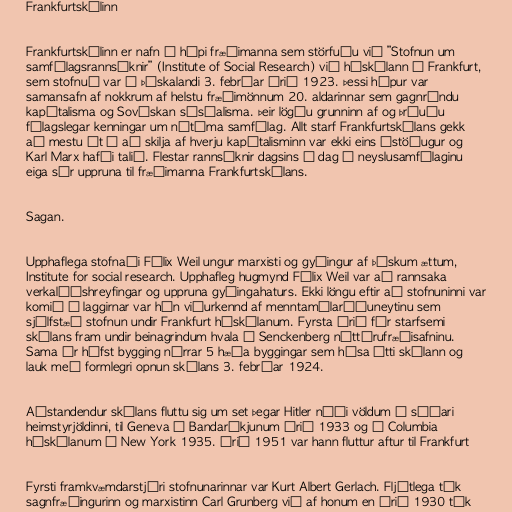
Frankfurtskólinn

Frankfurtskólinn er nafn á hópi fræðimanna sem störfuðu við ”Stofnun um
samfélagsrannsóknir” (Institute of Social Research) við háskólann í Frankfurt,
sem stofnuð var í Þýskalandi 3. febrúar árið 1923. Þessi hópur var
samansafn af nokkrum af helstu fræðimönnum 20. aldarinnar sem gagnrýndu
kapítalisma og Sovéskan sósíalisma. Þeir lögðu grunninn af og þróuðu
félagslegar kenningar um nútíma samfélag. Allt starf Frankfurtskólans gekk
að mestu út á að skilja af hverju kapítalisminn var ekki eins óstöðugur og
Karl Marx hafði talið. Flestar rannsóknir dagsins í dag á neyslusamfélaginu
eiga sér uppruna til fræðimanna Frankfurtskólans.

Sagan.

Upphaflega stofnaði Félix Weil ungur marxisti og gyðingur af þýskum ættum,
Institute for social research. Upphafleg hugmynd Félix Weil var að rannsaka
verkalýðshreyfingar og uppruna gyðingahaturs. Ekki löngu eftir að stofnuninni var
komið á laggirnar var hún viðurkennd af menntamálaráðuneytinu sem
sjálfstæð stofnun undir Frankfurt háskólanum. Fyrsta árið fór starfsemi
skólans fram undir beinagrindum hvala í Senckenberg náttúrufræðisafninu.
Sama ár hófst bygging nýrrar 5 hæða byggingar sem hýsa átti skólann og
lauk með formlegri opnun skólans 3. febrúar 1924.

Aðstandendur skólans fluttu sig um set þegar Hitler náði völdum í síðari
heimstyrjöldinni, til Geneva í Bandaríkjunum árið 1933 og í Columbia
háskólanum í New York 1935. Árið 1951 var hann fluttur aftur til Frankfurt

Fyrsti framkvæmdarstjóri stofnunarinnar var Kurt Albert Gerlach. Fljótlega tók
sagnfræðingurinn og marxistinn Carl Grunberg við af honum en árið 1930 tók